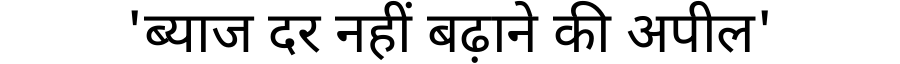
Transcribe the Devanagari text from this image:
'ब्याज दर नहीं बढ़ाने की अपील'